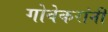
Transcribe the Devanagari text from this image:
गोवेकरांनी